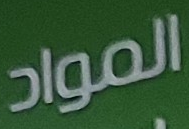
المواد